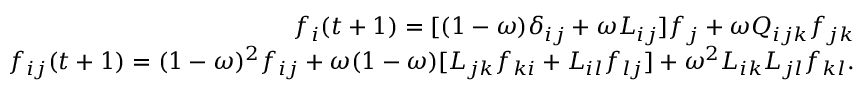
\begin{array} { r } { f _ { i } ( t + 1 ) = [ ( 1 - \omega ) \delta _ { i j } + \omega L _ { i j } ] f _ { j } + \omega Q _ { i j k } f _ { j k } } \\ { f _ { i j } ( t + 1 ) = ( 1 - \omega ) ^ { 2 } f _ { i j } + \omega ( 1 - \omega ) [ L _ { j k } f _ { k i } + L _ { i l } f _ { l j } ] + \omega ^ { 2 } L _ { i k } L _ { j l } f _ { k l } . } \end{array}